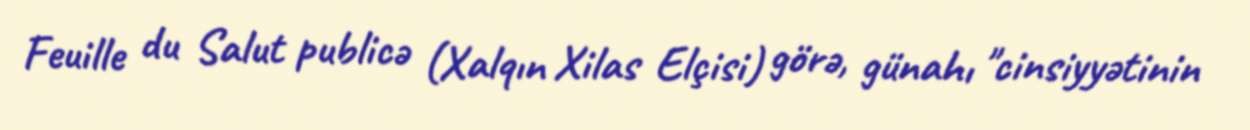
Feuille du Salut publicə (Xalqın Xilas Elçisi) görə, günahı "cinsiyyətinin